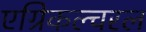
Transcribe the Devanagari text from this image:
एग्रिकल्चरल